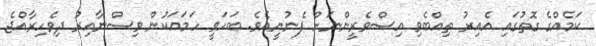
ކަމެއްގެ ގޮތުގައި އެއިރު ތިއްބެވި އިސްވެރީންނަށް ފެނުނީއެވެ. ބަހަވީ ހަމައަކުން ވިސްނާއިރު ދިވެހިރާއްޖެ